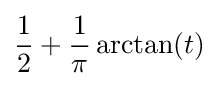
{\frac {1}{2}}+{\frac {1}{\pi }}\arctan(t)